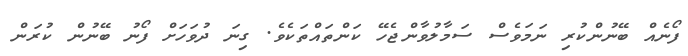
ފޯނެއް ބޭނުންކުރި ނަމަވެސް ސަމާލުވާންޖެހޭ ކަންތައްތަކެވެ. ގިނަ ދުވަހަށް ފޯނު ބޭނުން ކުރަން